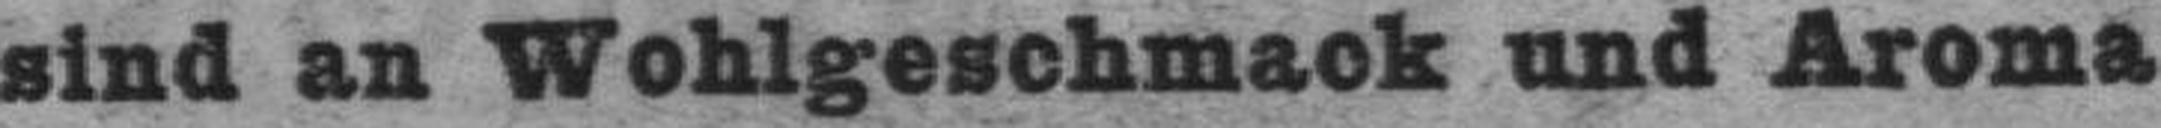
sind an Wohlgeschmack und Aroma